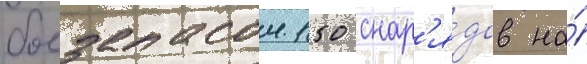
боезапасом 150 снар'я́дов на́